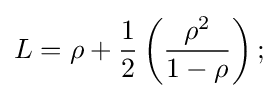
L=\rho +{\frac {1}{2}}\left({\frac {\rho ^{2}}{1-\rho }}\right);